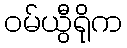
ဝမ်ယွီရိုက